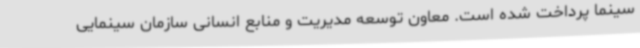
سینما پرداخت شده است. معاون توسعه مدیریت و منابع انسانی سازمان سینمایی